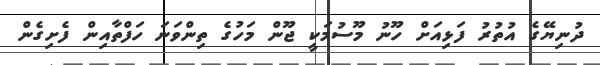
ދުނިޔޭގެ އުތުރު ފަޅިއަށް ހޫނު މޫސުމަކީ ޖޫން މަހުގެ ތިންވަނަ ހަފްތާއިން ފެށިގެން